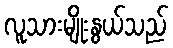
လူသားမျိုးနွယ်သည်